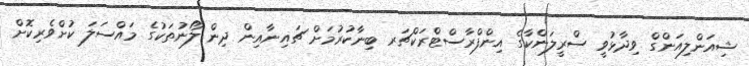
ޝިއަންލިއަންގް ވިދާޅުވީ ސްރީލަންކާގެ އިންފްރާސްޓްރަކްޗަރ ބިނާކުރުމަށް ޗައިނާއިން ދިން ލޯނުތަކުގެ މައްސަލަ ކުށްވެރިކޮށް